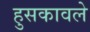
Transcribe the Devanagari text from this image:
हुसकावले